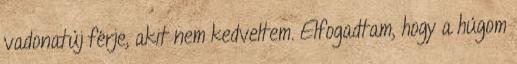
vadonatúj férje, akit nem kedveltem. Elfogadtam, hogy a húgom